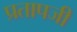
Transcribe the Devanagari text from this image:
प्रतापजी